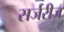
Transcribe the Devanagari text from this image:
सर्जरीज